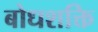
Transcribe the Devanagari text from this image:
बोधशक्ति